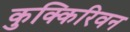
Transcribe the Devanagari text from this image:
कुक्किरिवन